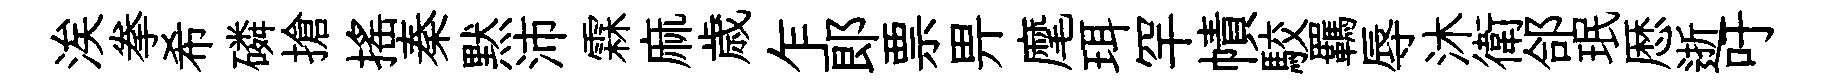
涘拳希磷搶摇秦黙沛霖麻歳乍郞票畀麾珥罕幘駮羈辱沐衛郃珉厯逝吁